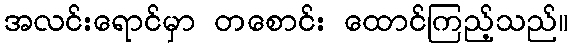
အလင်းရောင်မှာ တစောင်း ထောင်ကြည့်သည်။